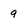
Character: 9